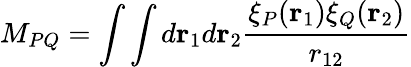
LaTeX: M_{PQ}=\int\int d\mathbf{r}_{1}d\mathbf{r}_{2}\frac{\xi_{P}(\mathbf{r}_{1})\xi_{Q}(\mathbf{r}_{2})}{r_{12}}